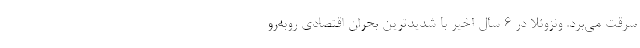
سرقت می‌برد. ونزوئلا در ۶ سال اخیر با شدیدترین بحران اقتصادی روبه‌رو